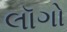
લૉગો